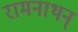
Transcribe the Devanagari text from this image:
रामनाथन्